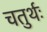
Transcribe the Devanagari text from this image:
चतुर्थः